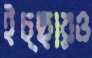
ইচ্ছারও